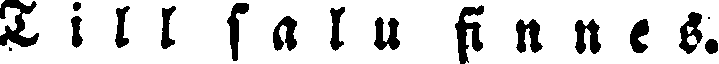
Till salu finnes.